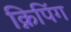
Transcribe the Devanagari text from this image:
क्निपिंग